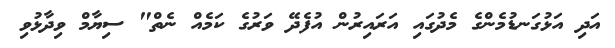
އަދި އަޅުގަނޑުމެންގެ މެދުގައި އަރައިރުން އުފެދޭ ވަރުގެ ކަމެއް ނެތް" ސިޔާމް ވިދާޅުވި